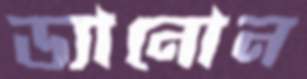
ড্যানোন